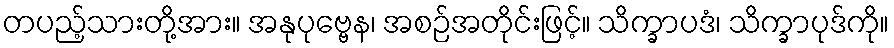
တပည့်သားတို့အား။ အနုပုဗ္ဗေန၊ အစဉ်အတိုင်းဖြင့်။ သိက္ခာပဒံ၊ သိက္ခာပုဒ်ကို။